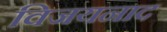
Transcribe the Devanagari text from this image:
विजयनाद